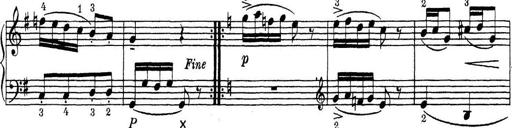
Title: ÄŒeskÃ© Sonatiny
Composer: Various